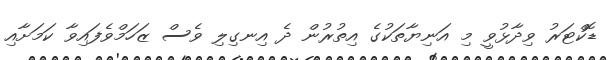
ޑޮކްޓަރު ވިދާޅުވީ މި އަނިޔާތަކުގެ އިތުރުން ދެ އިނގިލި ވެސް ޒަހަމްވެފައިވާ ކަމަށާއި